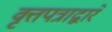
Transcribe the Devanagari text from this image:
वृत्तपत्राद्वारे